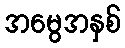
အမွေအနှစ်